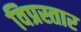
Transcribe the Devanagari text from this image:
विप्रस्तार